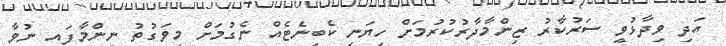
އަދި ވިދާޅުވީ ސަރުކާރު ޒިންމާދާރުކުރުމަށް ހިޔަނި ކެބިނެޓެއް ނެގުމަށް މިވަގުތު ނިންމާފައި ނުވާ